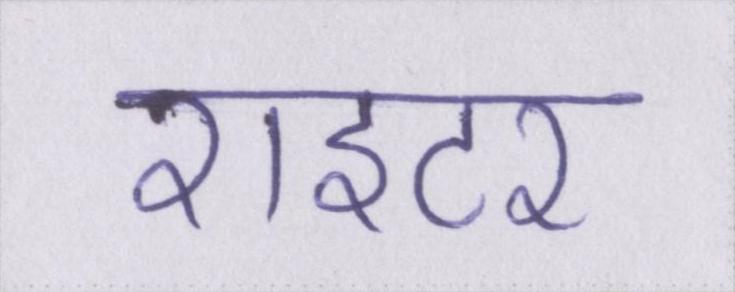
राइटर